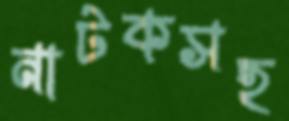
নাটকসহ